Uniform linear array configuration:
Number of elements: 48
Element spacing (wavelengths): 0.75
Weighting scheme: uniform
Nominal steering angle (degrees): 0
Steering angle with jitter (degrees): -0.8032
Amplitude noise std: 0.05
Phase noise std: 0.05

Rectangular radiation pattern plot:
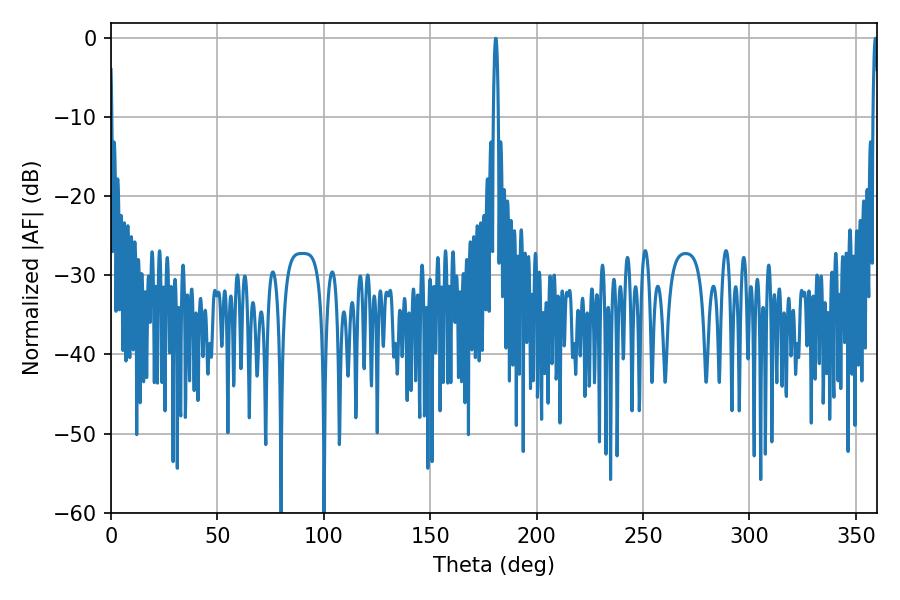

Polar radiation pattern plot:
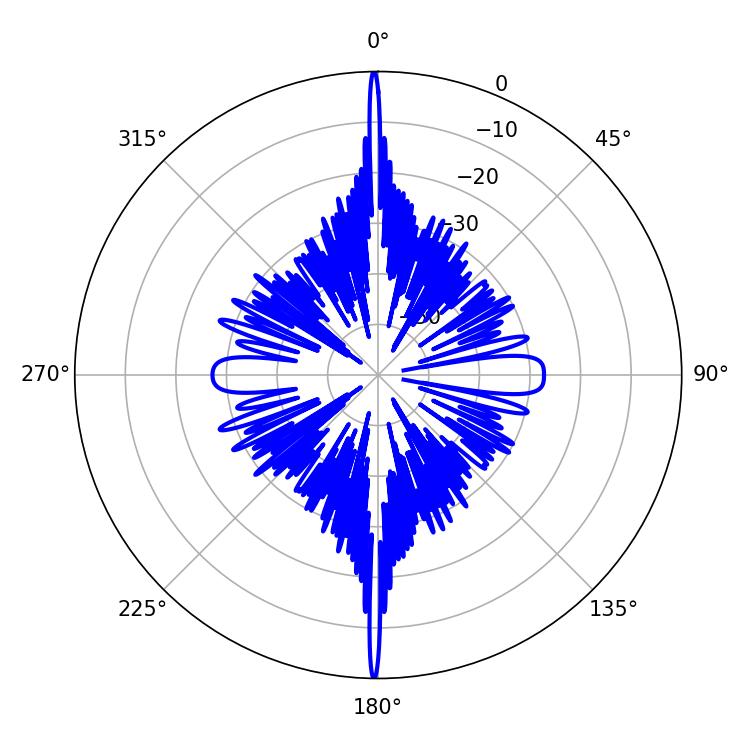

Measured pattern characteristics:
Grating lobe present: TRUE
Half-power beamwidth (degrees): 1.26
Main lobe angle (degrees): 180.72